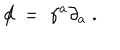
\not \! d \; = \; \gamma ^ { a } \partial _ { a } \; .